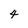
Character: 4